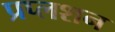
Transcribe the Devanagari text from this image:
प्रप्लशन